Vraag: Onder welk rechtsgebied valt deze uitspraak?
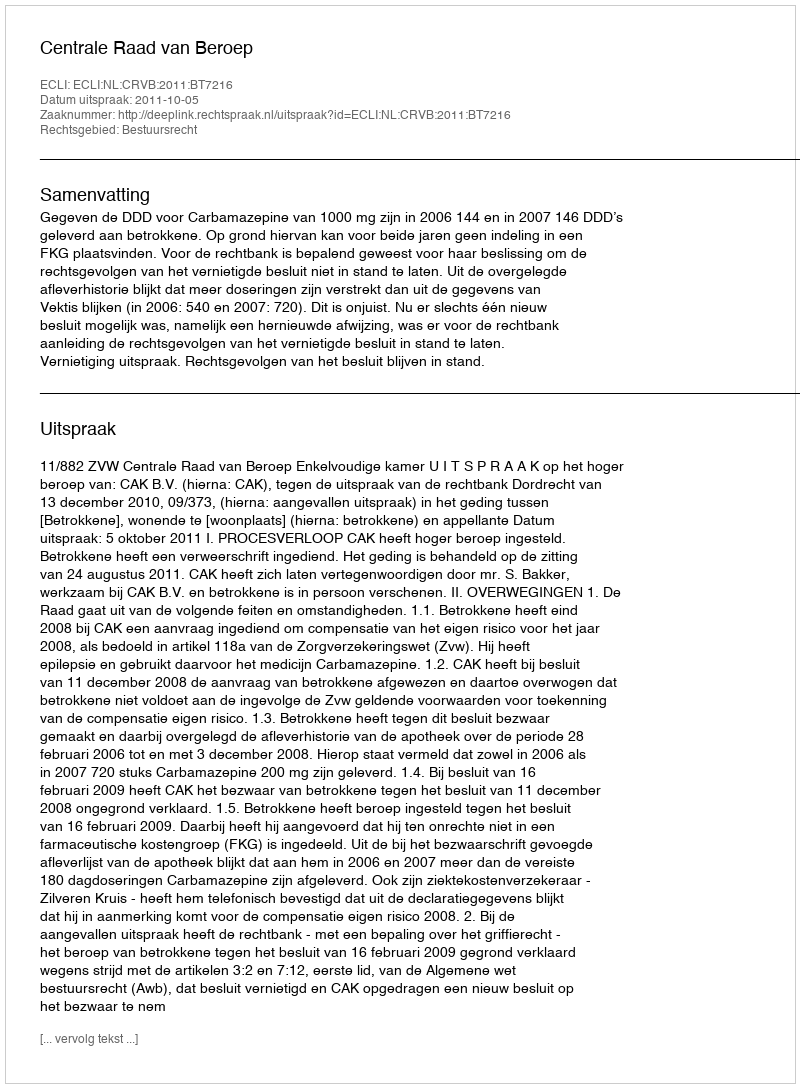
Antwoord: Bestuursrecht